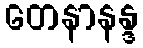
တေနာနန္ဒ